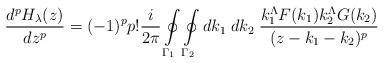
LaTeX: \begin{align*}\frac {d^pH_{\lambda}(z)} {dz^p}=(-1)^p p!\frac {i} {2\pi}\oint\limits_{{\Gamma}_1} \oint\limits_{{\Gamma}_2} dk_1\;dk_2 \;\frac {k_1^{\Lambda} F(k_1) k_2^{\Lambda} G(k_2)}{(z-k_1-k_2)^p}\end{align*}